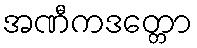
အဏီကဒတ္တော